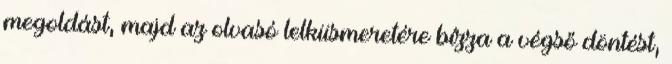
megoldást, majd az olvasó lelkiismeretére bízza a végső döntést,